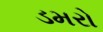
ડમરો